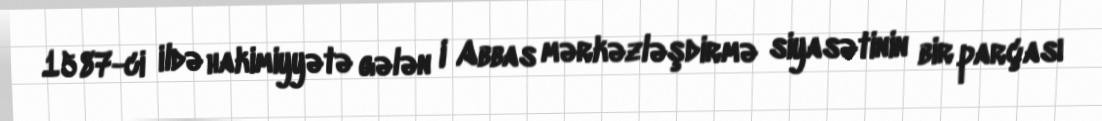
1587-ci ildə hakimiyyətə gələn I Abbas mərkəzləşdirmə siyasətinin bir parçası